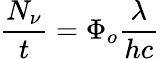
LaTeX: {\frac{N_{\nu}}{t}}=\Phi_{o}{\frac{\lambda}{hc}}